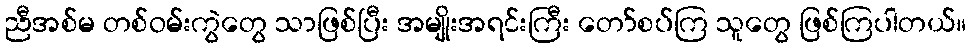
ညီအစ်မ တစ်ဝမ်းကွဲတွေ သာဖြစ်ပြီး အမျိုးအရင်းကြီး တော်စပ်ကြ သူတွေ ဖြစ်ကြပါတယ်။